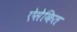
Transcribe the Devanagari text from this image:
ऐसेकित